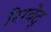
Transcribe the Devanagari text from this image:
रिग्वेद्